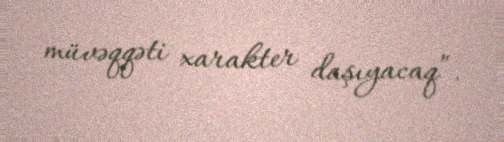
müvəqqəti xarakter daşıyacaq”.